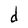
Character: d